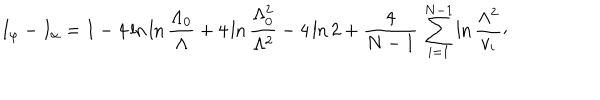
I _ { \varphi } - I _ { \alpha } = I - 4 \ln \ln { \frac { \Lambda _ { 0 } } { \Lambda } } + 4 \ln { \frac { \Lambda _ { 0 } ^ { 2 } } { \Lambda ^ { 2 } } } - 4 \ln 2 + { \frac { 4 } { N - 1 } } \, \sum _ { i = 1 } ^ { N - 1 } \ln { \frac { \Lambda ^ { 2 } } { v _ { i } } } \raise 2 p t \mathrm { , }